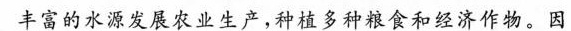
丰富的水源发展农业生产，种植多种粮食和经济作物。因